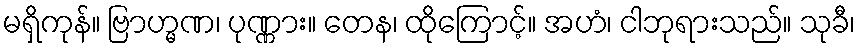
မရှိကုန်။ ဗြာဟ္မဏ၊ ပုဏ္ဏား။ တေန၊ ထိုကြောင့်။ အဟံ၊ ငါဘုရားသည်။ သုခီ၊